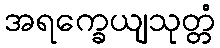
အရက္ခေယျသုတ္တံ